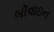
બૉવાઇન